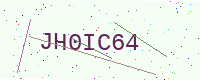
Text: JH0IC64